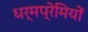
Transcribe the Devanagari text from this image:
धर्मप्रेमियों